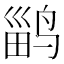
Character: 𱊎